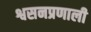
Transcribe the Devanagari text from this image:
श्वसनप्रणाली